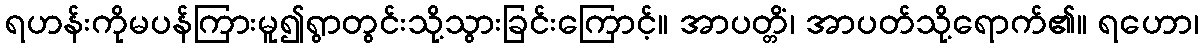
ရဟန်းကိုမပန်ကြားမူ၍ရွာတွင်းသို့သွားခြင်းကြောင့်။ အာပတ္တိံ၊ အာပတ်သို့ရောက်၏။ ရဟော၊